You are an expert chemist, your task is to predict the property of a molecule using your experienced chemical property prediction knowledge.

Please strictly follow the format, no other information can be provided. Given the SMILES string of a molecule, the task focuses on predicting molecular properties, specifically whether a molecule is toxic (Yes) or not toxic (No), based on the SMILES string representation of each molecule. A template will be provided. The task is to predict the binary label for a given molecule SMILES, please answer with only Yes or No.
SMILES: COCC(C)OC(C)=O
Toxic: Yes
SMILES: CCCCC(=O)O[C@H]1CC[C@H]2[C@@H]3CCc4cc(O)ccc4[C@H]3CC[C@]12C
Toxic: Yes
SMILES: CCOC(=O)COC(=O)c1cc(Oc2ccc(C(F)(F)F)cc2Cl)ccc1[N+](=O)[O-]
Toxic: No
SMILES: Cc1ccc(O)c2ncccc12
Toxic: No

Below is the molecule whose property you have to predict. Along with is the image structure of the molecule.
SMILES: O=C(Cl)c1ccc(C(=O)Cl)cc1
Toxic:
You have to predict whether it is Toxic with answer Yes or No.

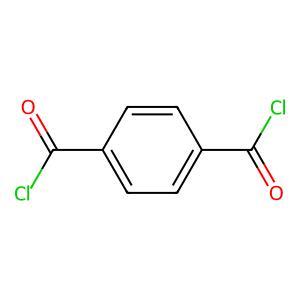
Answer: No